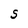
Character: S